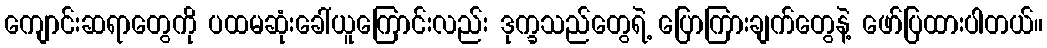
ကျောင်းဆရာတွေကို ပထမဆုံးခေါ်ယူကြောင်းလည်း ဒုက္ခသည်တွေရဲ့ ပြောကြားချက်တွေနဲ့ ဖော်ပြထားပါတယ်။